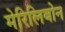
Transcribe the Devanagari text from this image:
मेरिलिबोन